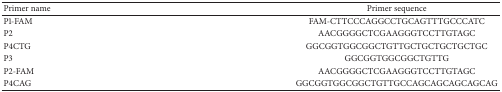
| Primer name | Primer sequence |
 | --- | --- |
 | P1-FAM | FAM-CTTCCCAGGCCTGCAGTTTGCCCATC |
 | P2 | AACGGGGCTCGAAGGGTCCTTGTAGC |
 | P4CTG | GGCGGTGGCGGCTGTTGCTGCTGCTGCTGC |
 | P3 | GGCGGTGGCGGCTGTTG |
 | P2-FAM | AACGGGGCTCGAAGGGTCCTTGTAGC |
 | P4CAG | GGCGGTGGCGGCTGTTGCCAGCAGCAGCAGCAG |